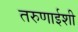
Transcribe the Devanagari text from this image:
तरुणाईशी